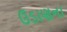
ઉડાણના